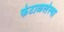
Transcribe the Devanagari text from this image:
फेटाळलेल्या